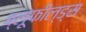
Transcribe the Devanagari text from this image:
ब्लूफील्ड्स